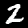
Digit: 2